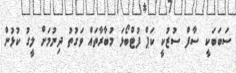
ސަބަބަކީ ސާފް ސުޒުކީ ކަޕް ފުޓްބޯޅަ މުބާރާތައް ވަގުތު ދިނުމަށް ލީގު ކުޅުން